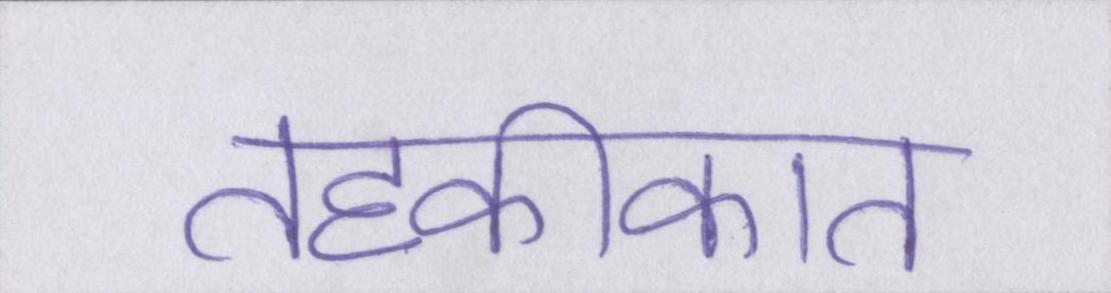
तहकीकात